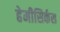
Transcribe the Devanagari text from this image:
हेमीसिर्कस